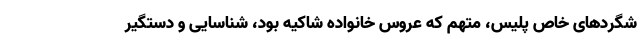
شگردهای خاص پلیس، متهم که عروسِ خانواده شاکیه بود، شناسایی و دستگیر